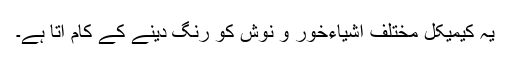
یہ کیمیکل مختلف اشیاءخور و نوش کو رنگ دینے کے کام آتا ہے۔